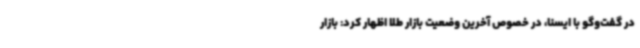
در گفت‌وگو با ایسنا، در خصوص آخرین وضعیت بازار طلا اظهار کرد: بازار